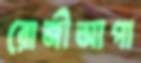
রোজীআপা